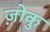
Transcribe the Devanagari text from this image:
ज़ोकु